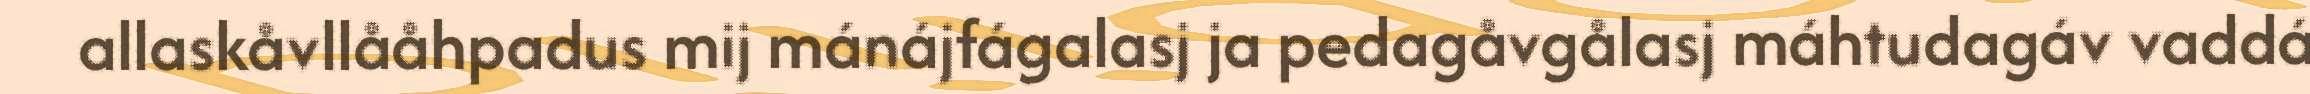
allaskåvllååhpadus mij mánájfágalasj ja pedagåvgålasj máhtudagáv vaddá